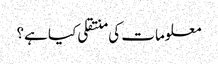
معلومات کی منتقلی کیا ہے؟